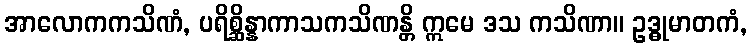
အာလောကကသိဏံ, ပရိစ္ဆိန္နာကာသကသိဏန္တိ ဣမေ ဒသ ကသိဏာ။ ဥဒ္ဓုမာတကံ,